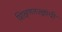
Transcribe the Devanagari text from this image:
शिक्षणतज्ज्ञांची